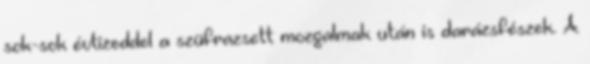
sok-sok évtizeddel a szüfrazsett mozgalmak után is darázsfészek. A